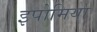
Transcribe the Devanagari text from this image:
इपोमिया